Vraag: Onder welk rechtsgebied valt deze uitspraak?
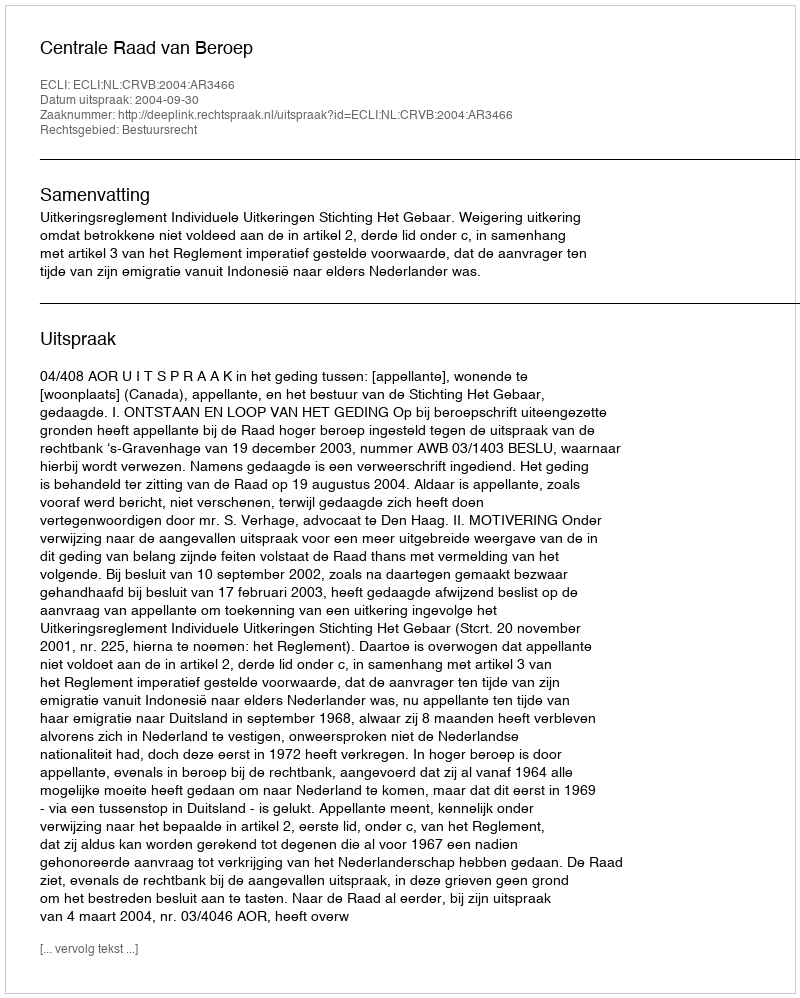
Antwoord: Bestuursrecht